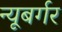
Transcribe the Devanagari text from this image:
न्यूबर्गर